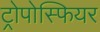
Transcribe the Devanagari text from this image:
ट्रोपोस्फियर